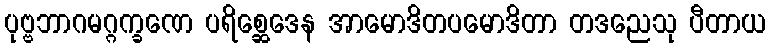
ပုဗ္ဗဘာဂမဂ္ဂက္ခဏေ ပရိစ္ဆေဒေန အာမောဒိတပမောဒိတာ တဒညေသု ပီတာယ